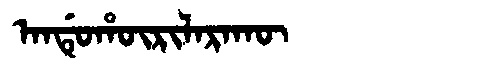
Manchu: ᠠᠨᡩᡠᡥᡡᡵᡳᠯᠠᡵᠠᡴᡡ
Romanization: ANDUHŪRILARAKŪ